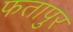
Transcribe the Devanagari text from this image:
फतापुर